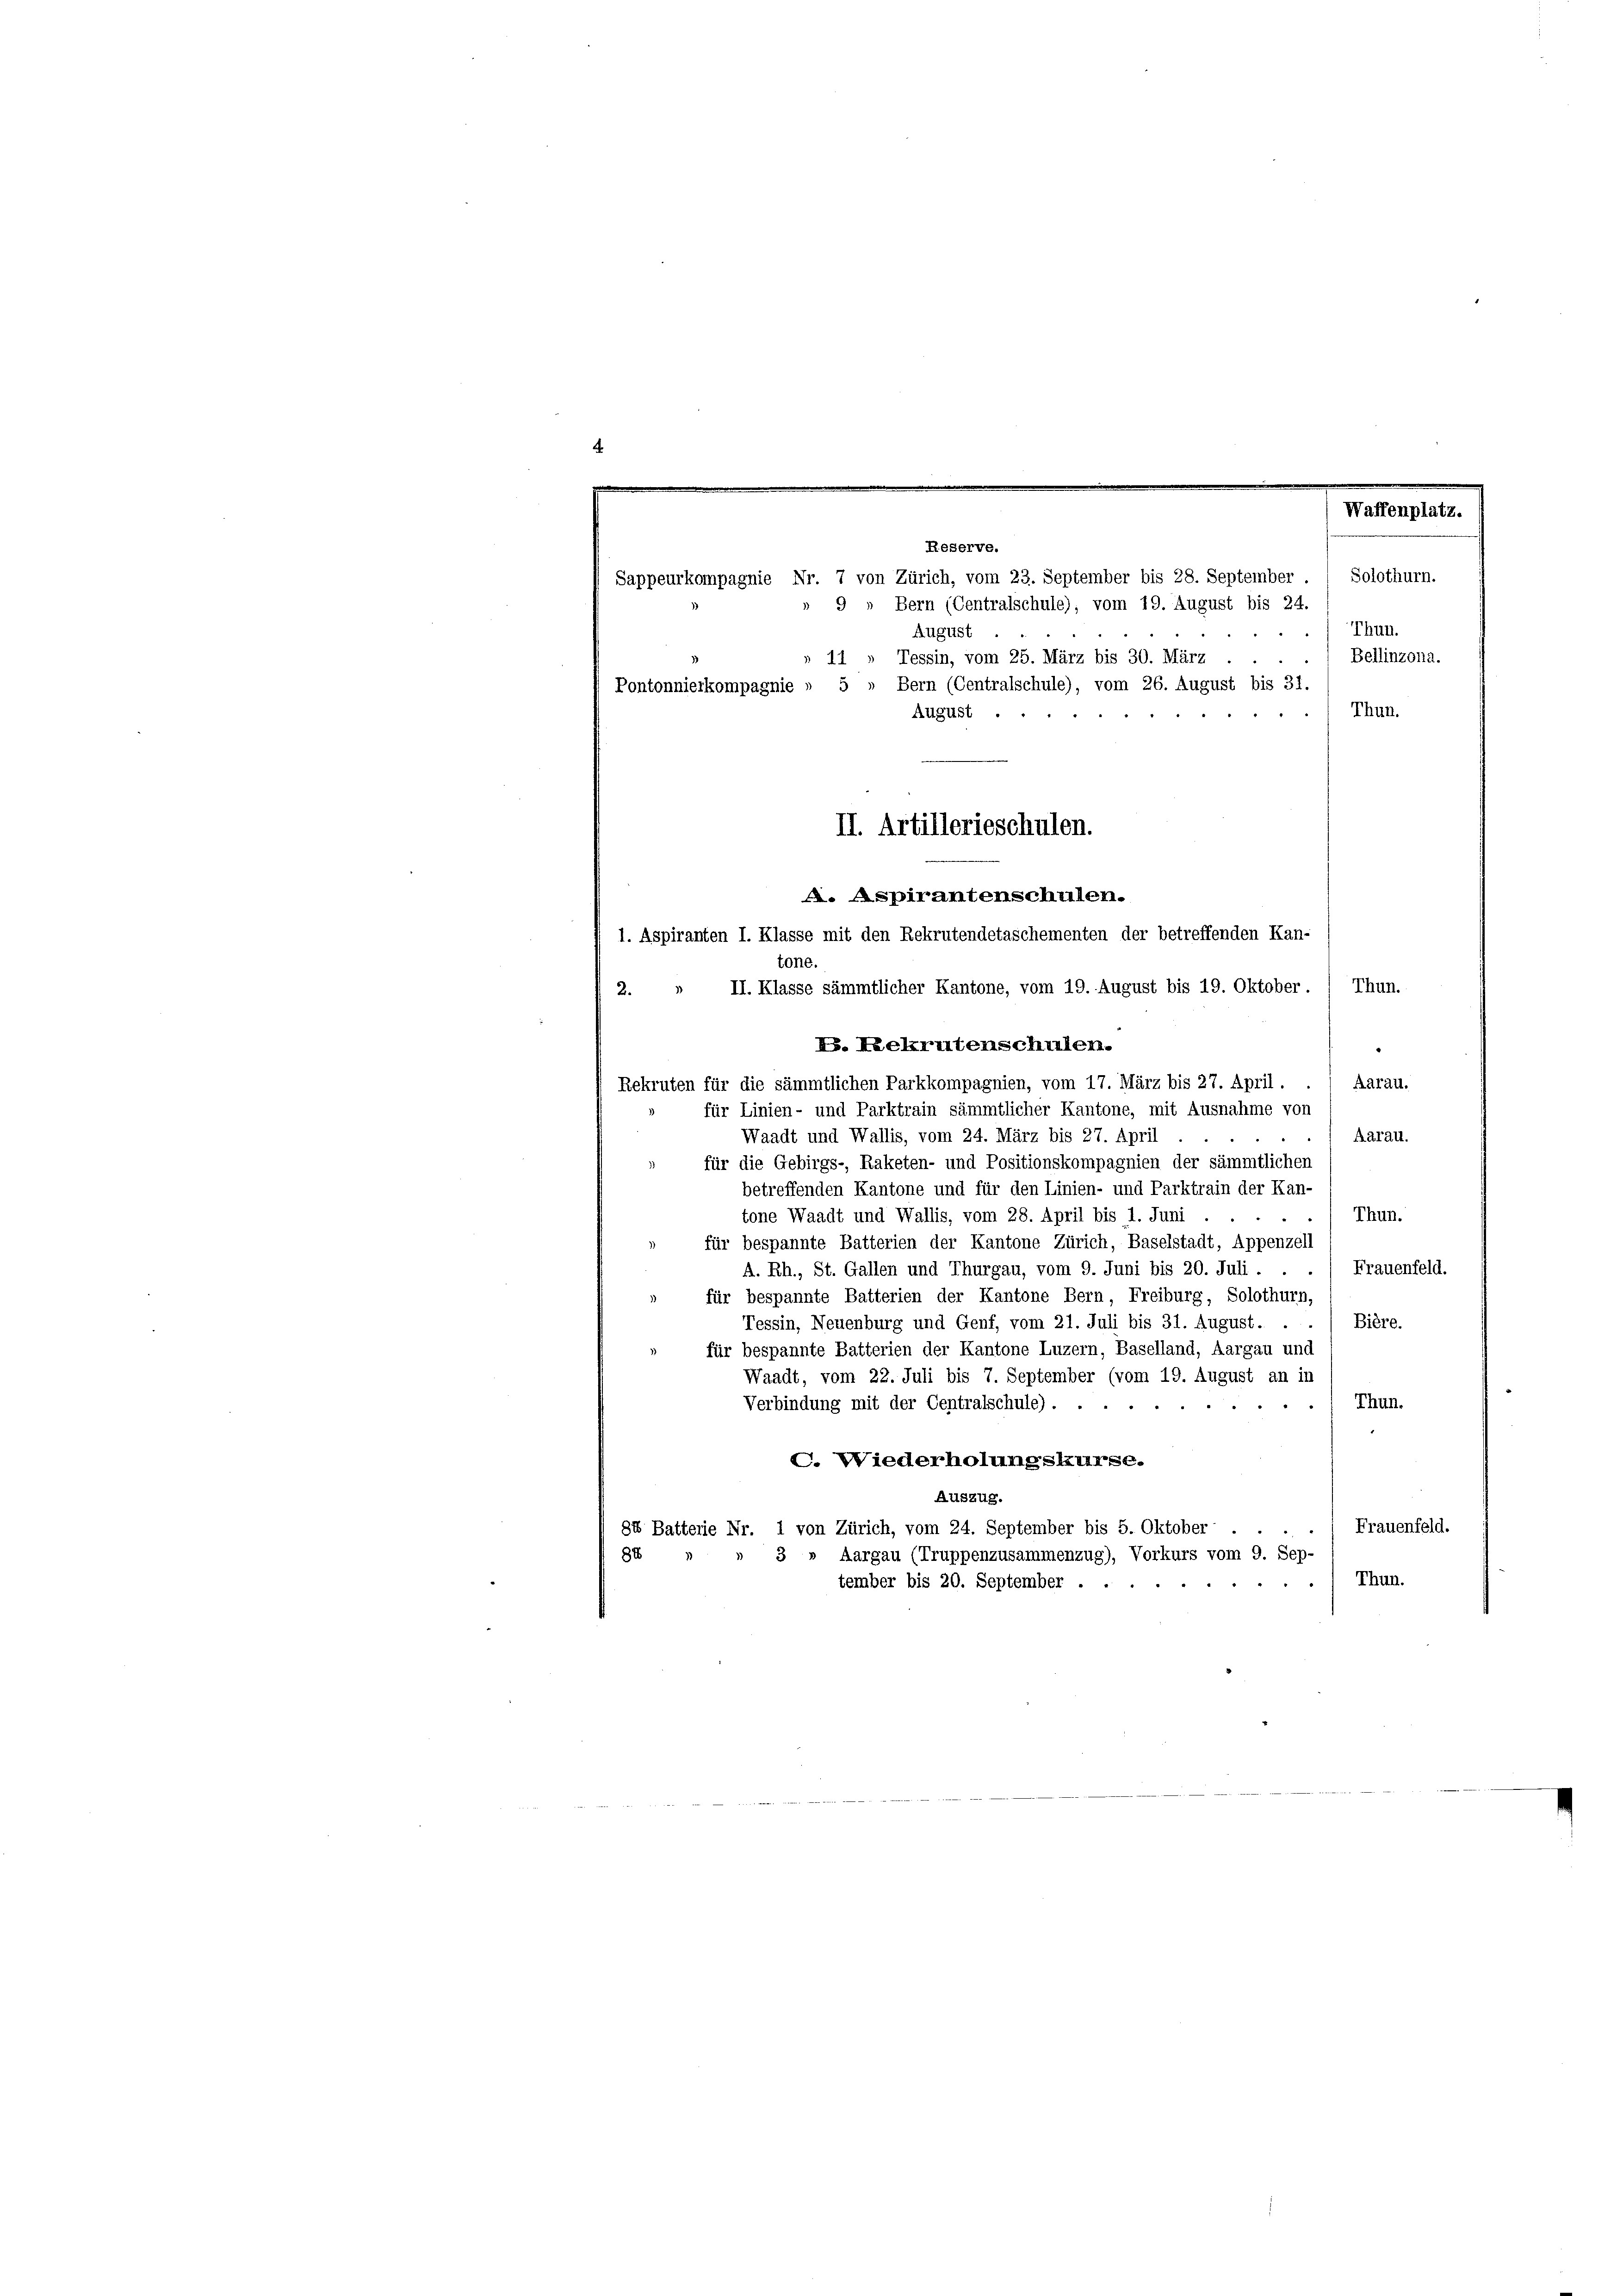
.

Thun.
August
Bellinzona.
» 11 » Tessin, vom 25. März bis 30. März
Pontonnierkompagnie » 5 » Bern (Centralschule), vom 26. August bis 31.
Thun.
tone.
II. Klasse sämmtlicher Kantone, vom 19. August bis 19. Oktober. ( Thun.
2.
V. Rekrutenschulen.
Aarau.
Rekruten für die sämmtlichen Parkkompagnien, vom 17. März bis 27. April.
für Linien- und Parktrain sämmtlicher Kantone, mit Ausnahme von
Aarau.
Waadt und Wallis, vom 24. März bis 27. April
für die Gebirgs-, Raketen- und Positionskompagnien der sämmtlichen
betreffenden Kantone und für den Linien- und Parktrain der Kan-
Thun.
tone Waadt und Wallis, vom 28. April bis 1. Juni
für bespannte Batterien der Kantone Zürich, Baselstadt, Appenzell
Frauenfeld.
A. Rh., St. Gallen und Thurgau, vom 9. Juni bis 20. Juli.
für bespannte Batterien der Kantone Bern, Freiburg, Solothurn,
Bière.
Tessin, Neuenburg und Genf, vom 21. Juli bis 31. August. .
für bespannte Batterien der Kantone Luzern, Baselland, Aargau und
Waadt, vom 22. Juli bis 7. September (vom 19. August an in
Thun.
Verbindung mit der Centralschule) .....
C. Wiederholungskurse.
Auszug.
Frauenfeld.
g4 Batterie Nr. 1 von Zürich, vom 24. September bis 5. Oktober.
88
3 » Aargau (Truppenzusammenzug), Vorkurs vom 9. Sep-
Thun.
tember bis 20. September . .

.

Waffenplatz.
Reserve.
Sappeurkompagnie Nr. 7 von Zürich, vom 23. September bis 28. September . / Solothurn.
9 „ Bern (Centralschule); vom 19. August bis 24.

August
II. Artillerieschulen.
. Aspirantenschulen.
1. Aspiranten I. Klasse mit den Rekrutendetaschementen der betreffenden Kan-